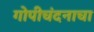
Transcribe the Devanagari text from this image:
गोपीचंदनाचा